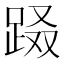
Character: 𨀝